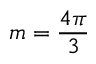
m = { \frac { 4 \pi } { 3 } }